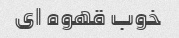
خوب قهوه ای